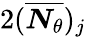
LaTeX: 2(\overline{{\boldsymbol{N}_{\theta}}})_{j}